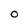
Character: O